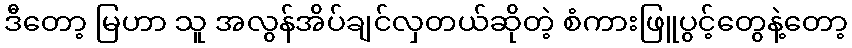
ဒီတော့ မြဟာ သူ အလွန်အိပ်ချင်လှတယ်ဆိုတဲ့ စံကားဖြူပွင့်တွေနဲ့တော့